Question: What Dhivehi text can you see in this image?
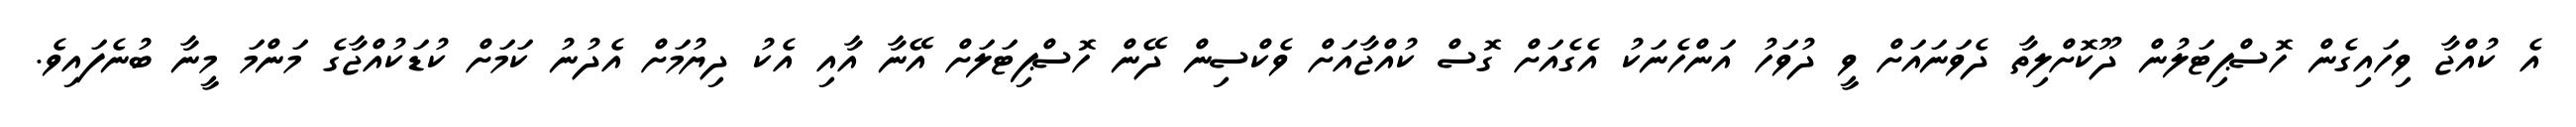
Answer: އެ ކުއްޖާ ވިހައިގެން ހޮސްޕިޓަލުން ދޫކޮށްލިތާ ދެވަނައަށް ވީ ދުވަހު އަންހެނަކު އެގެއަށް ގޮސް ކުއްޖާއަށް ވެކްސިން ދޭން ހޮސްޕިޓަލަށް އޭނާ އާއި އެކު ދިޔުމަށް އެދުނު ކަމަށް ކުޑަކުއްޖާގެ މަންމަ މީނާ ބުނެފައިވެ.